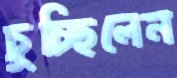
চুচ্ছিলেন